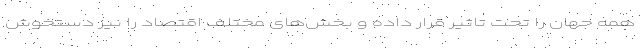
همه جهان را تحت تاثیر قرار داده و بخش‌های مختلف اقتصاد را نیز دستخوش